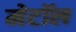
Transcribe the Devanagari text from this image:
मेटॉल